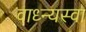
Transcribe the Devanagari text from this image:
वाध्न्यस्वा